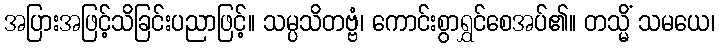
အပြားအဖြင့်သိခြင်းပညာဖြင့်။ သမ္ပသိတဗ္ဗံ၊ ကောင်းစွာရွှင်စေအပ်၏။ တသ္မိံ သမယေ၊